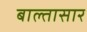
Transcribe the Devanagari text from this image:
बाल्तासार